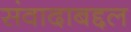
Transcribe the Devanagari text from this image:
संवादाबद्दल